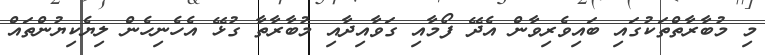
މި މުބާރާތްތަކުގައި ބައިވެރިވާން އެދޭ ފޯމާއި ގަވާއިދާއި މުބާރާތާ ގުޅޭ އެހެނިހެން ލިޔެކިޔުންތައް